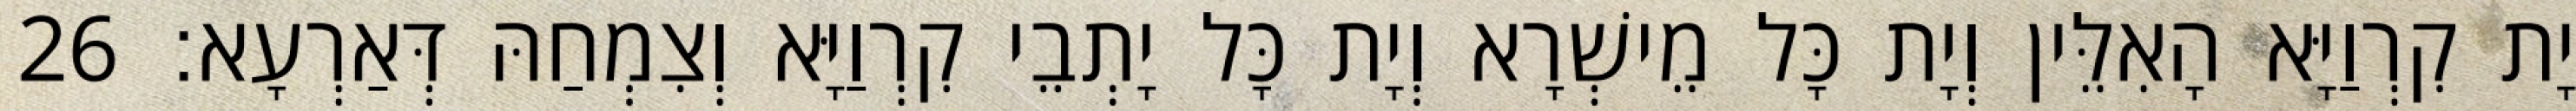
יָת קִרְוַיָּא הָאִלֵּין וְיָת כָּל מֵישְׁרָא וְיָת כָּל יָתְבֵי קִרְוַיָּא וְצִמְחַהּ דְּאַרְעָא׃ 26